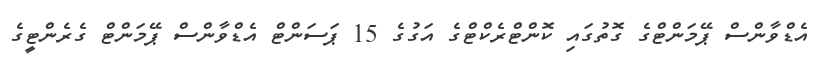
އެޑްވާންސް ޕޭމަންޓްގެ ގޮތުގައި ކޮންޓްރެކްޓްގެ އަގުގެ 15 ޕަސަންޓް އެޑްވާންސް ޕޭމަންޓް ގެރެންޓީގެ